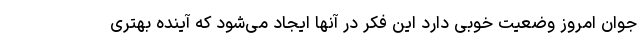
جوان امروز وضعیت خوبی دارد این فکر در آنها ایجاد می‌شود که آینده بهتری